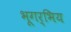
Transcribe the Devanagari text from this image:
भूगर्भिय